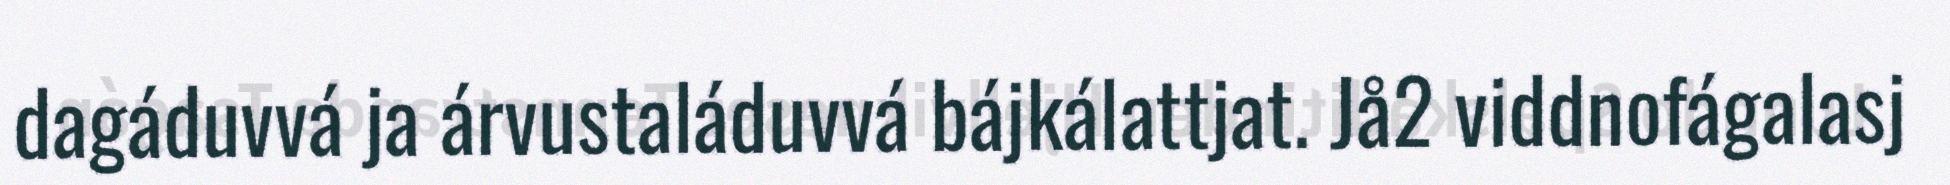
dagáduvvá ja árvustaláduvvá bájkálattjat. Jå2 viddnofágalasj